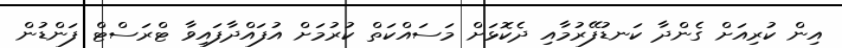
އިން ކުރިއަށް ގެންދާ ކަނޑުފޭރުމާއި ދެކޮޅަށް މަސައްކަތް ކުރުމަށް އުފައްދާފައިވާ ޓްރަސްޓް ފަންޑުން